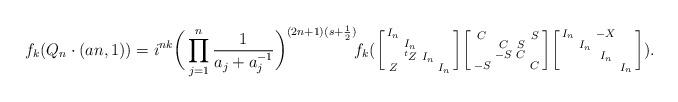
LaTeX: \begin{align*} f_k(Q_n\cdot(an,1))&=i^{nk}\bigg(\prod_{j=1}^n\frac1{a_j+a_j^{-1}}\bigg)^{(2n+1)(s+\frac12)}\!f_k(\left[\begin{smallmatrix}I_n\\&I_n\\&^tZ&I_n\\Z&&&I_n\end{smallmatrix}\right]\!\left[\begin{smallmatrix}C&&&S\\&C&S\\&-S&C\\-S&&&C\end{smallmatrix}\right]\!\left[\begin{smallmatrix}I_n&&-X\\&I_n\\&&I_n\\&&&I_n\end{smallmatrix}\right]).\end{align*}